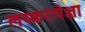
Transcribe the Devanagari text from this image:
लष्करापेक्षा